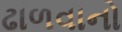
ઢાળવાનો